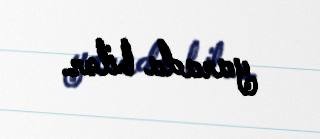
yarada bilər.